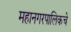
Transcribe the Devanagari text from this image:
महानगरपालिकचे